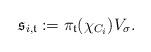
LaTeX: \begin{align*}\mathfrak{s}_{i,\mathfrak{t}}:=\pi_\mathfrak{t} (\chi_{C_i})V_{\sigma}.\end{align*}